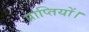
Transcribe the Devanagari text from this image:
प्राप्तियों।